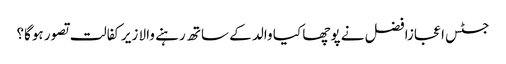
جسٹس اعجازافضل نے پوچھا کیا والد کے ساتھ رہنے والا زیرکفالت تصور ہوگا؟